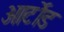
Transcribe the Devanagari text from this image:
आर्टोड